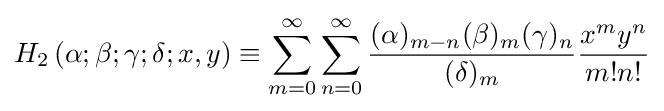
H_{2}\left(\alpha ;\beta ;\gamma ;\delta ;x,y\right)\equiv \sum _{m=0}^{\infty }\sum _{n=0}^{\infty }{\frac {(\alpha )_{m-n}(\beta )_{m}(\gamma )_{n}}{(\delta )_{m}}}{\frac {x^{m}y^{n}}{m!n!}}